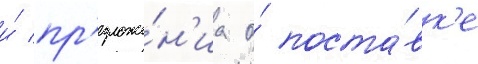
и́ пр'едложе́н'иа о́ поста́вк'е